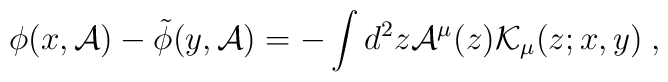
\phi (x,{\cal A})-\tilde{\phi} (y,{\cal A})=-\int d^2z{\cal A}^{\mu}(z){\cal K}_{\mu}(z;x,y)\; ,